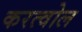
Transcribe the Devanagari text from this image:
करत्वोल